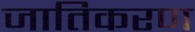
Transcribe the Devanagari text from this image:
जातिकरण